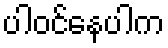
ပါဝင်နေပါက